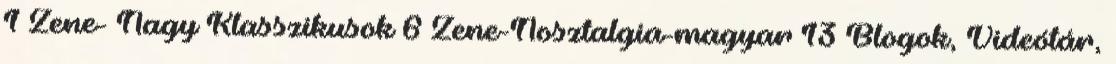
1 Zene- Nagy Klasszikusok 6 Zene-Nosztalgia-magyar 13 Blogok, Videótár,